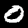
Digit: 0